Lunatic asylums Burma 1907-21 - 1907-1921
Year: 1907
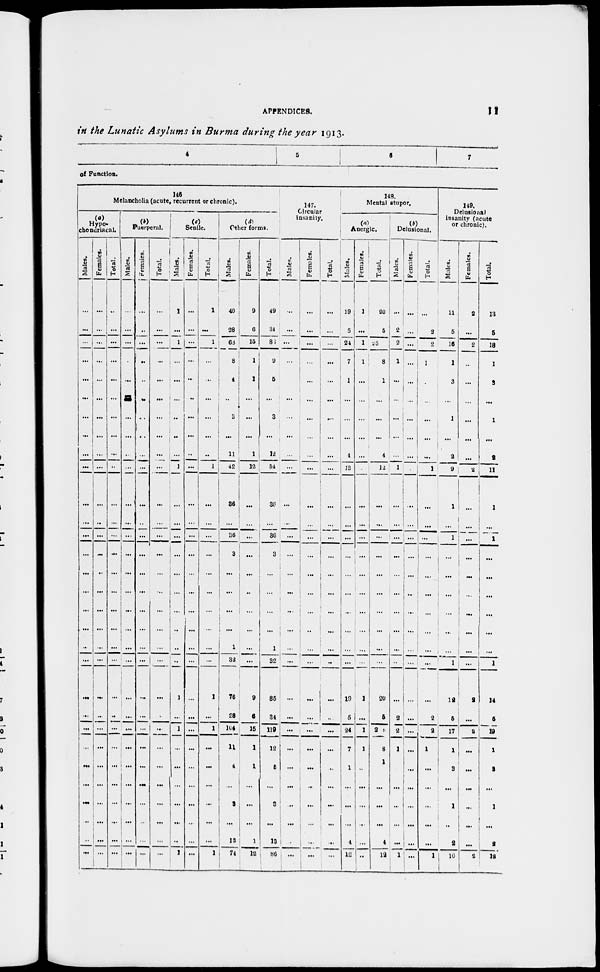
APPENDICES.
11
in the Lunatic Asylums in Burma during the year 1913.
4
5
6
7
of Function.
146
Melancholia (acute, recurrent or chronic).
(a)
Hypo-
chondriacal.
Males.
...
...
...
...
...
...
...
...
...
...
...
...
...
...
...
...
...
,...
..
...
...
...
...
...
...
...
...
...
...
...
Females.
...
...
...
...
...
...
...
...
...
...
...
...
...
...
...
...
...
...
...
...
...
...
...
...
...
...
...
...
...
...
Total.
...
...
...
...
...
...
...
...
...
...
...
...
...
...
...
...
...
...
...
...
...
...
...
...
...
...
...
...
...
...
(b)
Puerperal.
Males.
...
...
...
...
...
...
...
...
...
...
...
...
...
...
...
...
...
...
...
...
...
...
...
...
...
...
...
...
...
...
Females.
...
...
...
...
...
...
...
...
...
...
...
...
...
...
...
...
...
...
...
...
...
...
...
...
...
...
...
...
...
...
Total.
...
...
...
...
...
...
...
...
...
...
...
...
...
...
...
...
...
...
...
...
...
...
...
...
...
...
...
...
...
...
(c)
Senile.
Males.
1
...
1
...
...
...
...
...
...
1
...
...
...
...
...
...
...
...
...
...
1
...
1
. ..
...
...
...
...
...
1
Females.
...
...
...
...
...
...
...
...
...
...
...
...
...
...
...
...
...
...
...
...
...
...
...
...
...
...
...
...
...
...
Total.
1
...
1
...
...
...
...
...
...
1
...
...
...
...
...
...
...
...
...
...
1
...
1
...
...
...
...
...
...
1
(d)
Other forms.
Males.
40
28
68
8
4
...
3
...
11
42
36
...
36
3
...
...
...
...
1
32
76
28
104
11
4
...
3
...
13
74
Females.
9
6
15
1
1
...
...
...
1
12
...
...
...
...
...
...
...
...
...
...
9
6
16
1
1
...
...
...
1
12
Total.
49
34
86
9
6
...
3
...
12
54
36
...
36
3
...
...
...
...
1
32
86
34
119
12
5
...
3
...
13
86
147.
Circular
insanity.
Males.
...
...
...
...
...
...
...
...
...
...
...
...
...
...
...
...
...
...
...
...
...
...
...
...
...
...
...
...
...
Females.
...
...
...
...
...
...
...
...
...
...
...
...
...
...
...
...
...
...
...
...
...
...
...
...
...
...
...
...
...
...
Total.
...
...
...
...
...
...
...
...
...
...
...
...
...
...
...
...
...
...
...
...
...
...
...
...
...
...
...
...
...
...
148.
Mental stupor.
(a)
Anergic.
Males.
19
5
24
7
1
...
...
...
4
12
...
...
...
...
...
...
...
...
...
...
19
5
24
7
1
...
...
...
4
12
Females.
1
...
1
1
...
...
...
...
...
...
...
...
...
...
...
...
...
...
...
...
1
...
1
1
...
...
...
...
...
...
Total.
20
5
25
8
1
...
...
...
4
12
...
...
...
...
...
...
...
...
...
...
20
5
25
8
1
...
...
...
4
12
(b)
Delusional.
Males.
...
2
2
1
...
...
...
...
...
1
...
...
...
...
...
...
...
...
...
...
...
2
2
1
...
...
...
...
...
1
Females.
...
...
...
...
...
...
...
...
...
...
...
...
...
...
...
...
...
...
...
...
...
...
...
...
...
...
...
...
...
...
Total.
...
2
2
1
...
...
...
...
...
1
...
...
...
...
...
...
...
...
...
...
...
2
2
1
...
...
...
...
...
1
149.
Delusional
insanity (acute
or chronic).
Males.
11
5
16
1
3
...
1
1
2
9
1
...
1
...
...
...
...
...
...
1
12
5
17
1
3
...
1
...
2
10
Females.
2
...
2
...
...
...
...
...
...
2
...
...
...
...
...
...
...
...
...
...
2
...
2
...
...
...
...
...
...
2
Total.
13
5
18
1
3
...
1
...
2
11
1
...
1
...
...
...
...
...
...
1
14
5
19
1
3
...
1
...
2
12